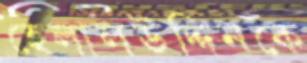
হেলালউদ্দিনকে